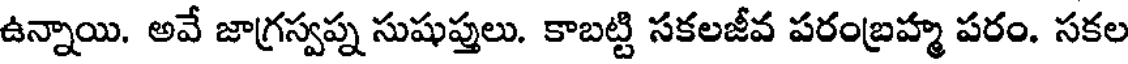
ఉన్నాయి. అవే జాగ్రస్వప్న సుషుప్తులు. కాబట్టి సకలజీవ పరంబ్రహ్మ పరం. సకల